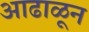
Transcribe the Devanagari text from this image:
आढाळून